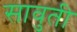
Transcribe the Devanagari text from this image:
सावुती